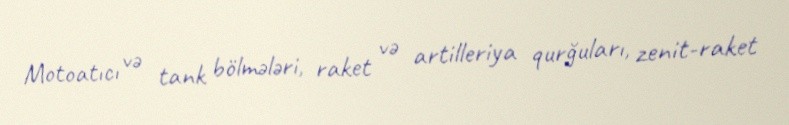
Motoatıcı və tank bölmələri, raket və artilleriya qurğuları, zenit-raket